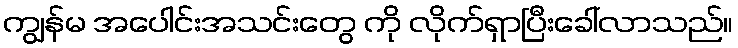
ကျွန်မ အပေါင်းအသင်းတွေ ကို လိုက်ရှာပြီးခေါ်လာသည်။